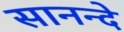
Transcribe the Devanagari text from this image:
सानन्दे